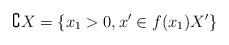
LaTeX: \begin{align*}\complement X= \{x_1>0, x'\in f(x_1)X'\}\end{align*}